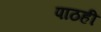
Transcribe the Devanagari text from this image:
पाठही